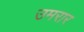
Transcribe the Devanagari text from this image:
उमरार